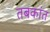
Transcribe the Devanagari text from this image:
तबकांत